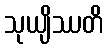
သုယျိဿတိ